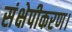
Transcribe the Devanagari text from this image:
संक्षेपीकरण।